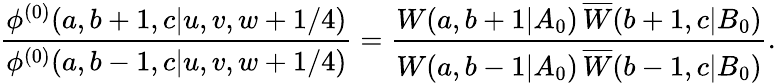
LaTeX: \displaystyle{\frac{\phi^{(0)}(a,b+1,c|u,v,w+1/4)}{\phi^{(0)}(a,b-1,c|u,v,w+1/4)}}=\displaystyle{\frac{W(a,b+1|A_{0})\, \overline{{{W}}}(b+1,c|B_{0})}{W(a,b-1|A_{0})\, \overline{{{W}}}(b-1,c|B_{0})}}.